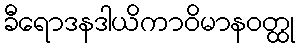
ခီရောဒနဒါယိကာဝိမာနဝတ္ထု